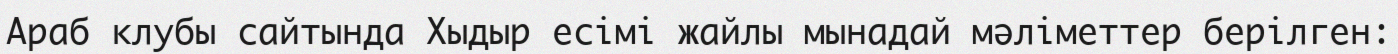
Араб клубы сайтында Хыдыр есімі жайлы мынадай мәліметтер берілген: